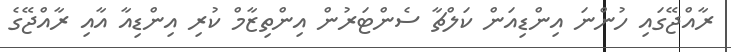
ރާއްޖޭގައި ހުންނަ އިންޑިއަން ކަލްޗާ ސެންޓަރުން އިންތިޒާމް ކުރި އިންޑިއާ އާއި ރާއްޖޭގެ